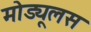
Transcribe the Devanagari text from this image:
मोड्यूलस